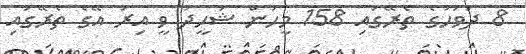
8 ދުވަހުގެ ތެރޭގައި 158 މީހުން ޝަހީދު ވީ އިރު އޭގެ ތެރޭގައި